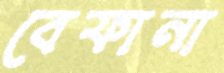
বেফানা